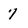
Character: 7